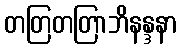
တတြတတြာဘိနန္ဒနာ